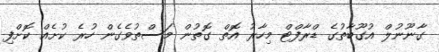
ގާނޫނުލް އުގޫބާތުގެ ޑްރާފްޓް މިހާރު އޮތް ގޮތުން މަސްތުވެގެން ހުރެ ކުށެއް ކޮށްފި